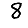
Digit: 8